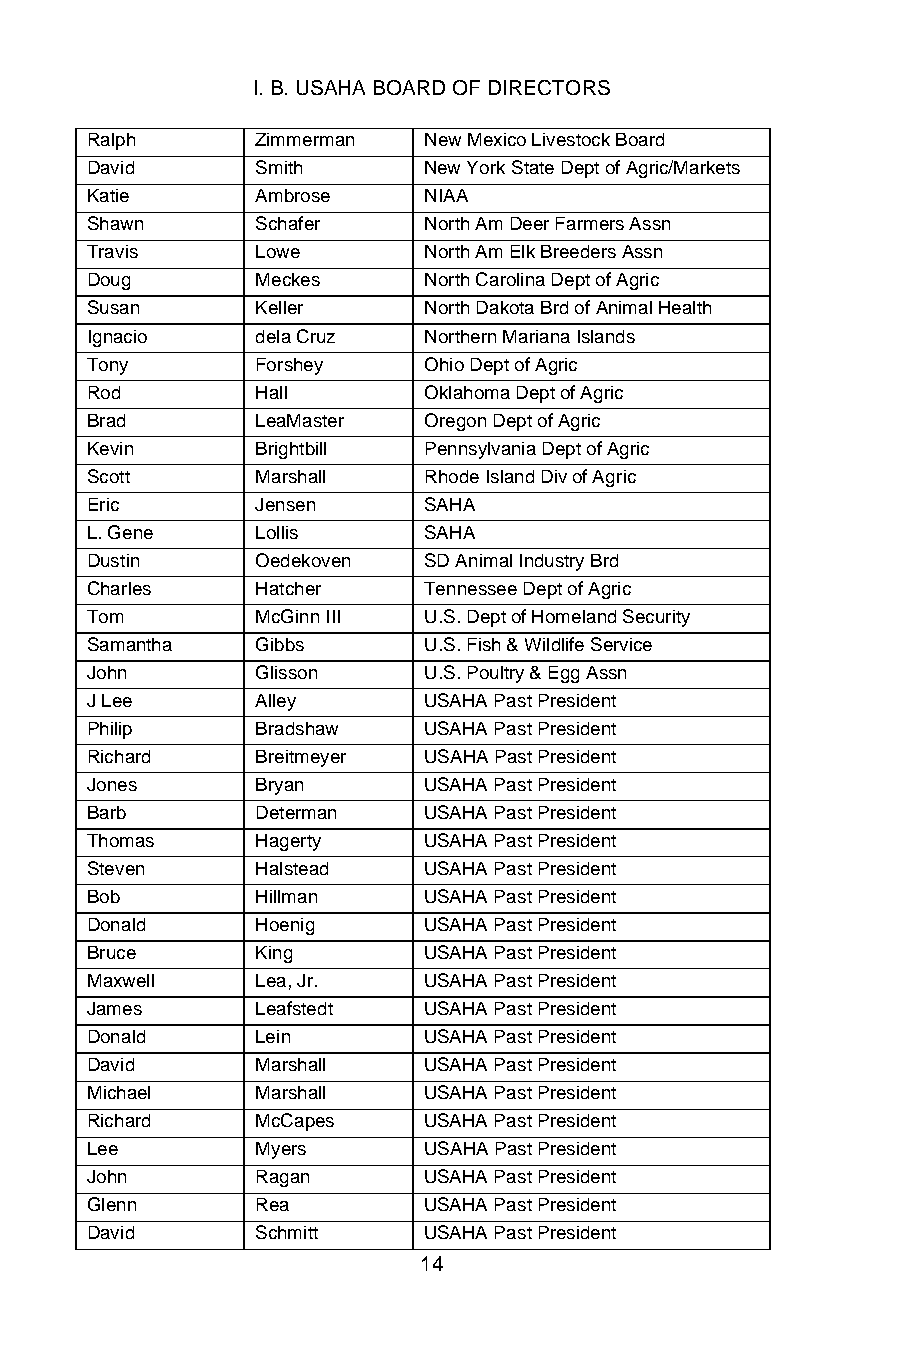
I. B. USAHA BOARD OF DIRECTORS
 Ralph      Zimmerman  New Mexico Livestock Board
 David      Smith      New York State Dept of Agric/Markets
 Katie      Ambrose    NIAA
 Shawn      Schafer    North Am Deer Farmers Assn
 Travis     Lowe       North Am Elk Breeders Assn
 Doug       Meckes     North Carolina Dept of Agric
 Susan      Keller     North Dakota Brd of Animal Health
 Ignacio    dela Cruz  Northern Mariana Islands
 Tony       Forshey    Ohio Dept of Agric
 Rod        Hall       Oklahoma Dept of Agric
 Brad       LeaMaster  Oregon Dept of Agric
 Kevin      Brightbill Pennsylvania Dept of Agric
 Scott      Marshall   Rhode Island Div of Agric
 Eric       Jensen     SAHA
 L. Gene    Lollis     SAHA
 Dustin     Oedekoven  SD Animal Industry Brd
 Charles    Hatcher    Tennessee Dept of Agric
 Tom        McGinn III U.S. Dept of Homeland Security
 Samantha   Gibbs      U.S. Fish & Wildlife Service
 John       Glisson    U.S. Poultry & Egg Assn
 J Lee      Alley      USAHA Past President
 Philip     Bradshaw   USAHA Past President
 Richard    Breitmeyer USAHA Past President
 Jones      Bryan      USAHA Past President
 Barb       Determan   USAHA Past President
 Thomas     Hagerty    USAHA Past President
 Steven     Halstead   USAHA Past President
 Bob        Hillman    USAHA Past President
 Donald     Hoenig     USAHA Past President
 Bruce      King       USAHA Past President
 Maxwell    Lea, Jr.   USAHA Past President
 James      Leafstedt  USAHA Past President
 Donald     Lein       USAHA Past President
 David      Marshall   USAHA Past President
 Michael    Marshall   USAHA Past President
 Richard    McCapes    USAHA Past President
 Lee        Myers      USAHA Past President
 John       Ragan      USAHA Past President
 Glenn      Rea        USAHA Past President
 David      Schmitt    USAHA Past President
 14